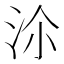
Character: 𣳅